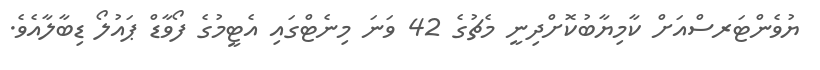
ޔުވެންޓަރސްއަށް ކާމިޔާބުކޮށްދިނީ މެޗުގެ 42 ވަނަ މިނެޓްގައި އެޓީމުގެ ފޯވާޑް ޕައުލޯ ޑިބާލާއެވެ.